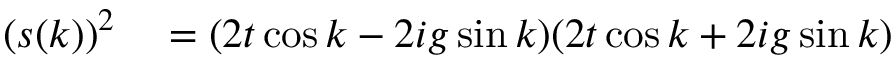
\begin{array} { r l } { ( s ( k ) ) ^ { 2 } } & { { } = ( 2 t \cos k - 2 i g \sin k ) ( 2 t \cos k + 2 i g \sin k ) } \end{array}